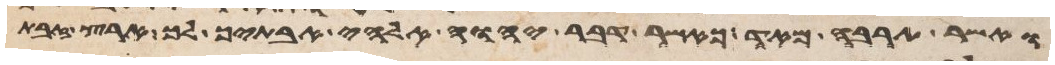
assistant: ואשר תרבה מאד כאשר דבר יהוה אלהי אבתיך לך ארץ זבת